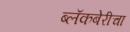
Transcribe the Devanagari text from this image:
ब्लॅकबेरीचा